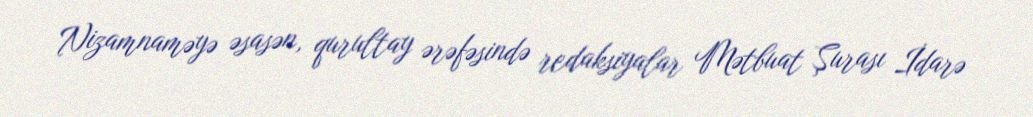
Nizamnaməyə əsasən, qurultay ərəfəsində redaksiyalar Mətbuat Şurası İdarə